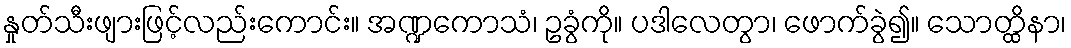
နှုတ်သီးဖျားဖြင့်လည်းကောင်း။ အဏ္ဍကောသံ၊ ဥခွံကို။ ပဒါလေတွာ၊ ဖောက်ခွဲ၍။ သောတ္ထိနာ၊